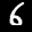
Label: 6